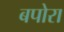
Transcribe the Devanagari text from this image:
बपोरा